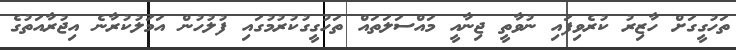
ތަހުގީގަށް ހާޒިރު ކުރެވިފައި ނުވާތީ ޖިނާއީ މައްސަލަތައް ތަހުގީގުކުރުމުގައި ފުލުހުން އަމަލުކުރާނެ އިޖުރާއަތުގެ